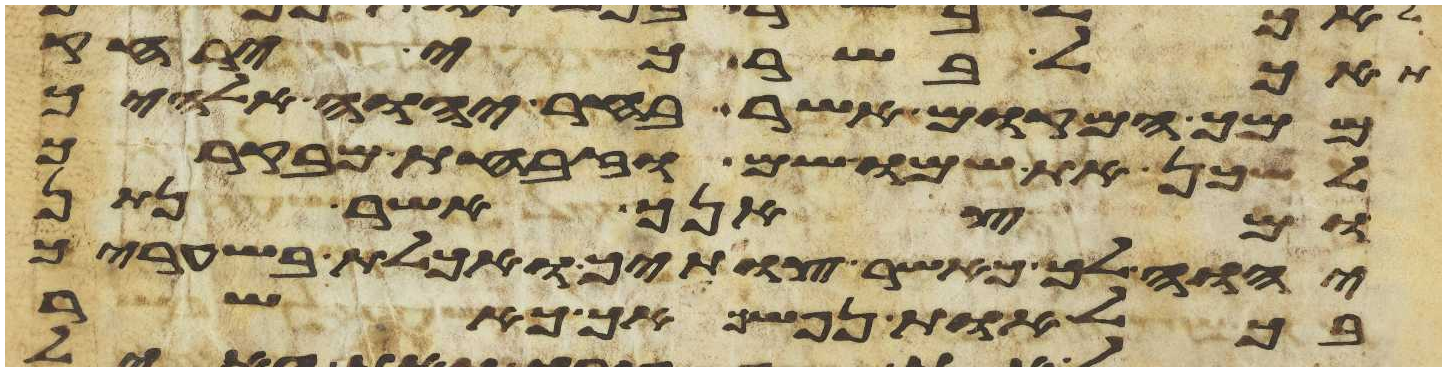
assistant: תאכל בשר כי ירחק
ממך המקום אשר בחר יהוה אלהיך
לשכן את שמו שם וזבחת מבקרך
ומצאנך אשר נתן
יהוה לך כאשר צויתיך ואכלת בשעריך
בכל אות נפשך אך כאשר